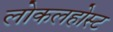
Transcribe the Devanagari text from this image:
लोकलहोस्ट